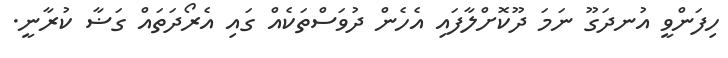
ހިފަންވީ އުނދަގޫ ނަމަ ދޫކޮށްލާފައި އެހެން ދުވަސްތަކެއް ގައި އެރޯދަތައް ގަޟާ ކުރާނީ.